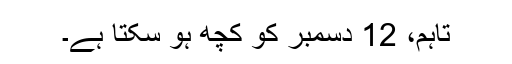
تاہم، 12 دسمبر کو کچھ ہو سکتا ہے۔